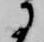
に